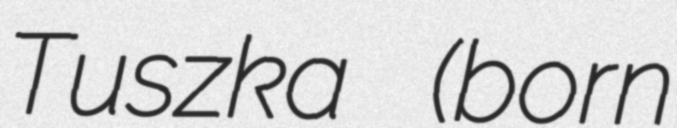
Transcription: Tuszka (born